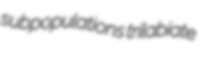
subpopulations trilabiate